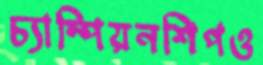
চ্যাম্পিয়নশিপও